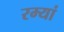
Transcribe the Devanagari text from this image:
रम्यां